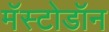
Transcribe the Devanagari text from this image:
मॅस्टोडॉन